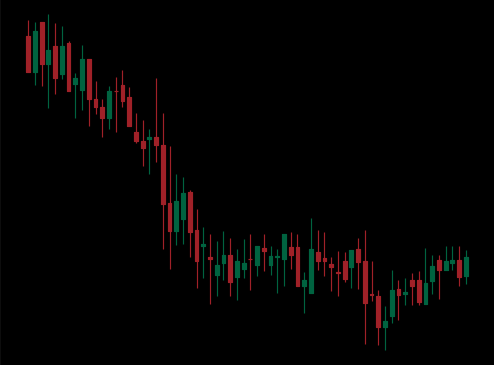
Pattern: bull_flag